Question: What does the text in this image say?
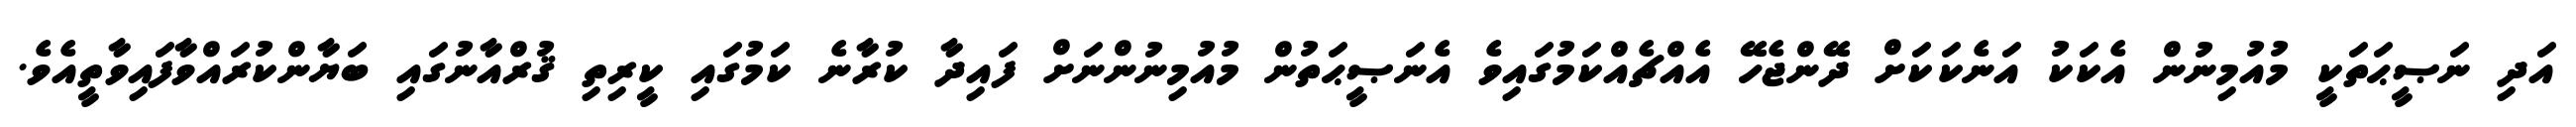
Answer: އަދި ނަޞީޙަތަކީ މުއުމިނުން އެކަކު އަނެކަކަށް ދޭންޖެހޭ އެއްޗެއްކަމުގައިވެ އެނަޞީޙަތުން މުއުމިނުންނަށް ފައިދާ ކުރާނެ ކަމުގައި ކީރިތި ޤުރްއާނުގައި ބަޔާންކުރައްވާފައިވާތީއެވެ.